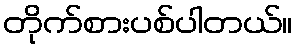
တိုက်စားပစ်ပါတယ်။